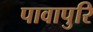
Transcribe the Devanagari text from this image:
पावापुरि